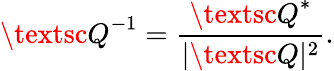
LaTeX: {\textsc{Q}}^{-1}=\frac{{\textsc{Q}}^{*}}{\vert{\textsc{Q}}\vert^{2}}.